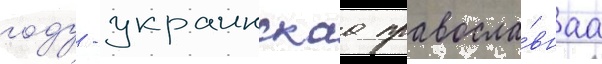
году - украинскаа правосла́внаа